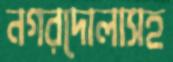
নগরদোলাসহ